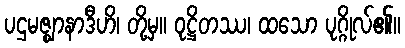
ပဌမဇ္ဈာနာဒီဟိ၊ တို့မှ။ ဝုဋ္ဌိတဿ၊ ထသော ပုဂ္ဂိုလ်၏။